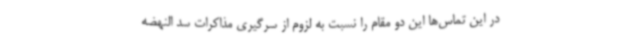
در این تماس‌ها این دو مقام را نسبت به لزوم از سرگیری مذاکرات سد النهضه